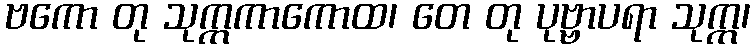
ဗကော တု သုက္ကကာကောထ၊ တေ တု ပုဗ္ဗာပရာ သုက္က၊